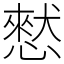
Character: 憖